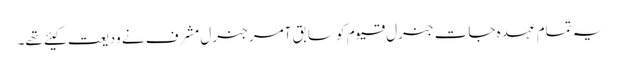
یہ تمام عہدہ جات جنرل قیوم کو سابق آمر جنرل مشرف نے ودیعت کیئے تھے۔